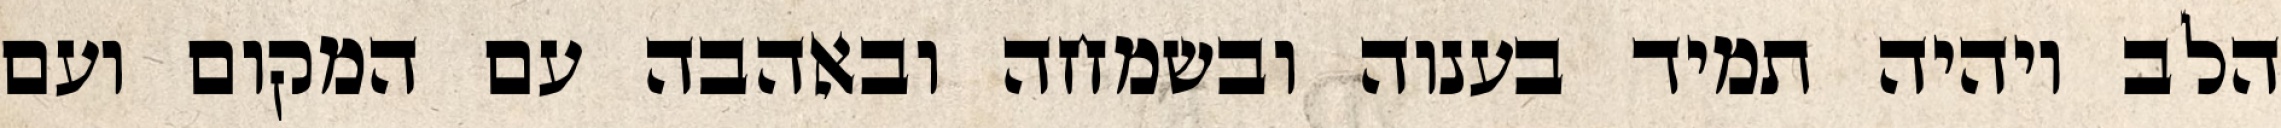
הלב ויהיה תמיד בענוה ובשמחה ובאהבה עם המקום ועם